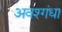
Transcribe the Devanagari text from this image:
अवश्गंधा